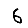
Digit: 6